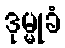
ဒုမ္မုခံ